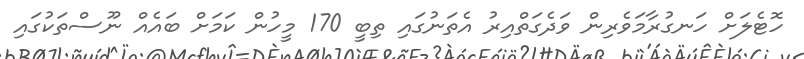
ހޮޓެލަށް ހަނގުރާމަވެރިން ވަދެގަތްއިރު އެތަނުގައި ތިބީ 170 މީހުން ކަމަށް ބައެއް ނޫސްތަކުގައި